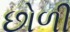
છોળી